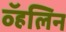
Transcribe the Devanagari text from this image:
व्हॅलिन